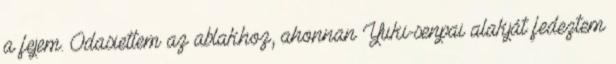
a fejem. Odasiettem az ablakhoz, ahonnan Yuki-senpai alakját fedeztem